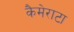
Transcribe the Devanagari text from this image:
कैमेराटा